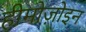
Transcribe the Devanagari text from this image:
हीमोज़ोइन